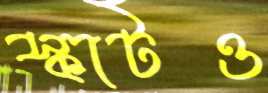
স্কার্টও